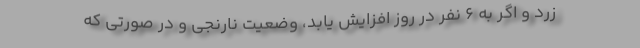
زرد و اگر به ۶ نفر در روز افزایش یابد، وضعیت نارنجی و در صورتی که